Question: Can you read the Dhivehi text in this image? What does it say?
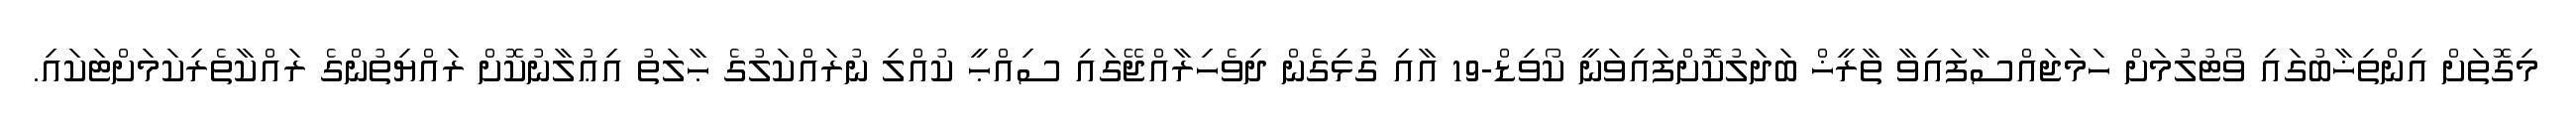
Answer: މިގޮތަށް އިންތިޚާބުގައި ވޯޓުލުމަށް ހަމަޖައްސާފައިވާ ތާރީޚް ބަދަލުކޮށްފައިވަނީ ކޯވިޑް-19 އާއި ގުޅިގެން ދިވެހިރާއްޖޭގައި ސިއްޙީ ކުއްލި ނުރައްކަލުގެ ޙާލަތު އިޢުލާނުކޮށް ރައްޔިތުންގެ ރައްކާތެރިކަމަށްޓަކައި.